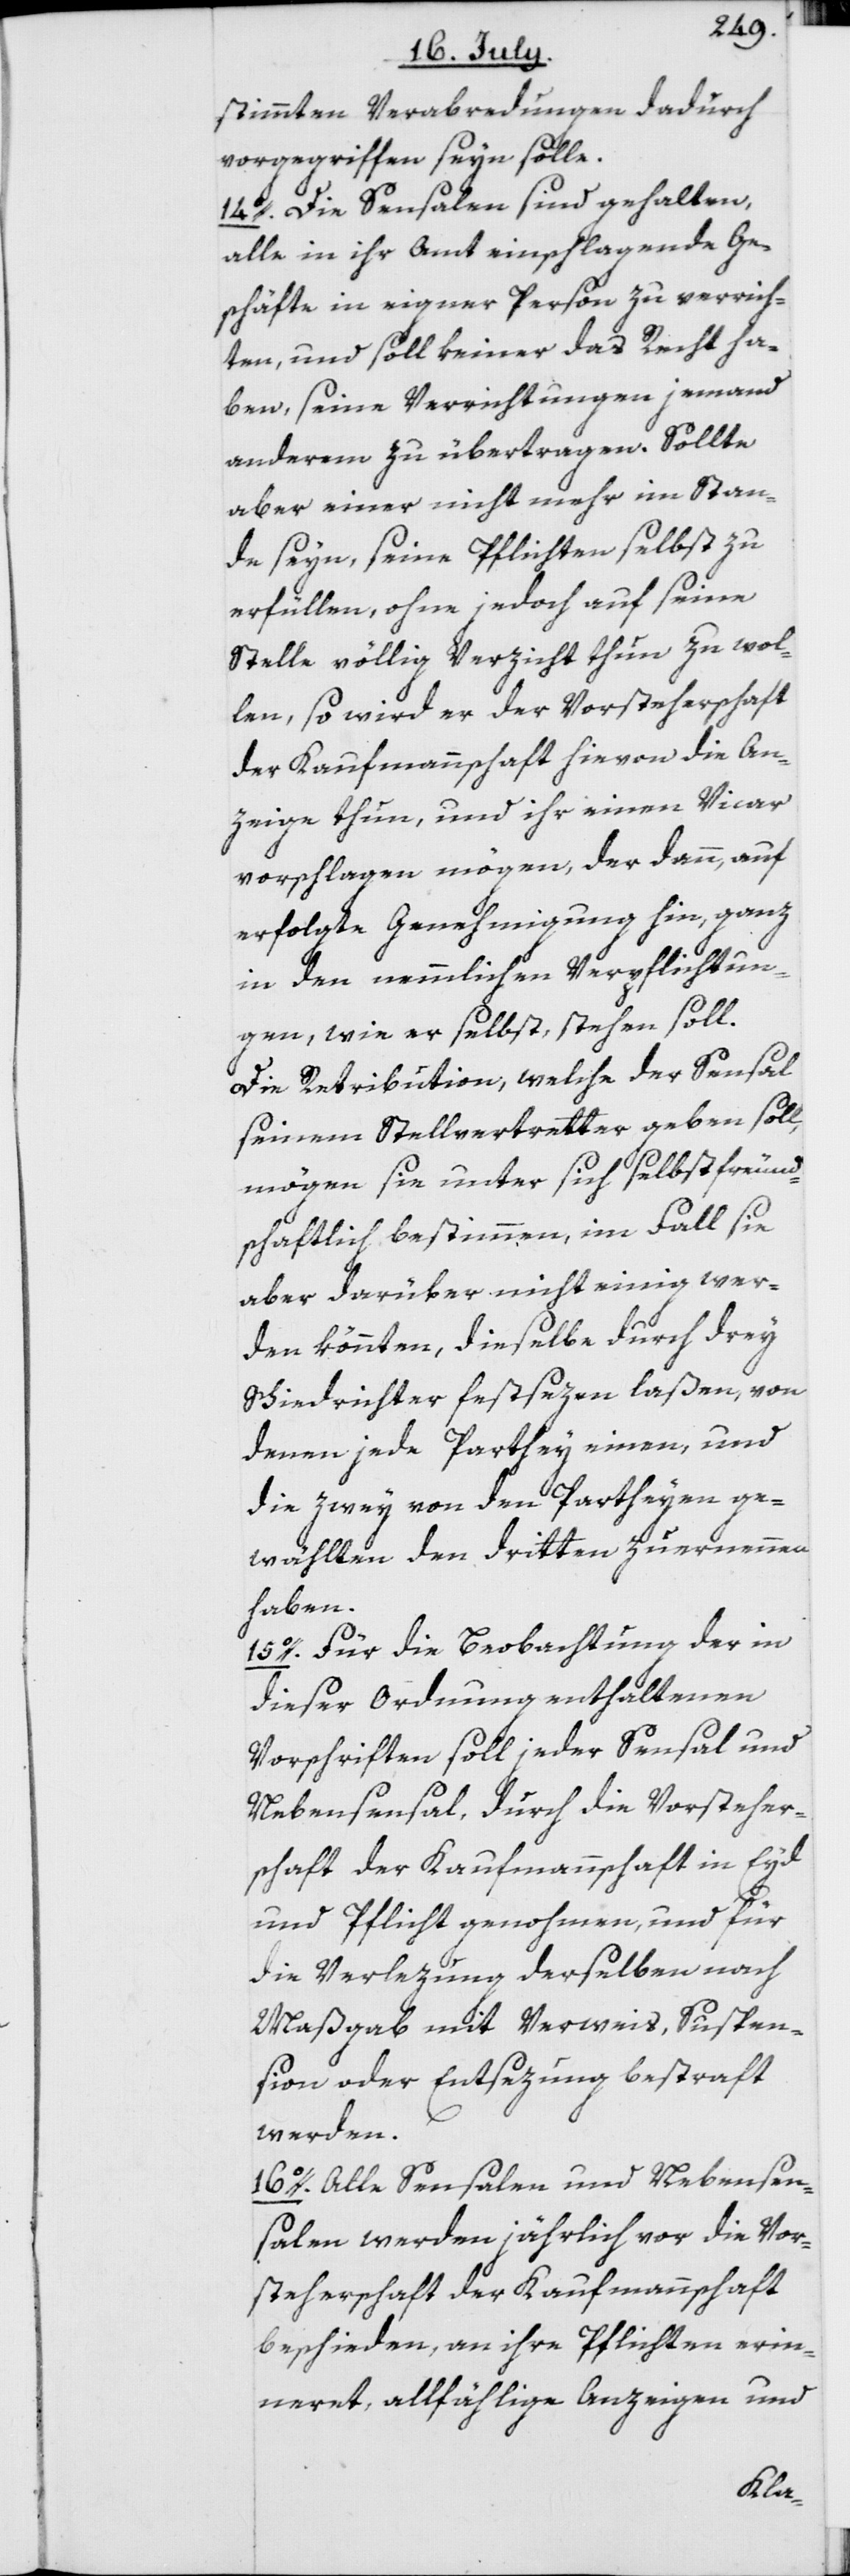
stimmten Verabredungen dadurch
vorgegriffen seyn solle.
14o. Die Sensalen sind gehalten,
alle in ihr Amt einschlagende Ge¬
schäfte in eigner Person zu verrich¬
ten, und soll keiner das Recht ha¬
ben, seine Verrichtungen jemand
anderem zu übertragen. Sollte
aber einer nicht mehr im Stan¬
de seyn, seine Pflichten selbst zu
erfüllen, ohne jedoch auf seine
Stelle völlig Verzicht thun zu wol¬
len, so wird er der Vorsteherschaft
der Kaufmannschaft hievon die An¬
zeige thun, und ihr einen Vicar
vorschlagen mögen, der dann, auf
erfolgte Genehmigung hin, ganz
in den nemmlichen Verpflichtun¬
gen, wie er selbst, stehen soll.
Die Retribution, welche der Sensal
seinem Stellvertretter geben soll,
mögen sie unter sich selbst freund¬
schaftlich bestimmen, im Fall sie
aber darüber nicht einig wer¬
den könnten, dieselbe durch drey
Schiedrichter festsezen laßen, von
denen jede Parthey einen, und
die zwey von den Partheyen ge¬
wählten den Dritten zu ernennen
haben.
15o. Für die Beobachtung der in
dieser Ordnung enthaltenen
Vorschriften soll jeder Sensal und
Nebensensal, durch die Vorsteher¬
schaft der Kaufmannschaft in Eyd
und Pflicht genohmen, und für
die Verlezung derselben nach
Maßgab mit Verweis, Suspen¬
sion oder Entsezung bestraft
werden.
16o. Alle Sensalen und Nebensen¬
salen werden jährlich vor die Vor¬
steherschaft der Kaufmannschaft
beschieden, an ihre Pflichten erin¬
neret, allfählige Anzeigen und